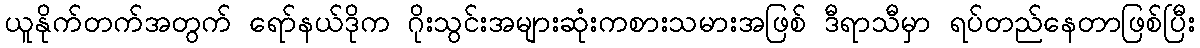
ယူနိုက်တက်အတွက် ရော်နယ်ဒိုက ဂိုးသွင်းအများဆုံးကစားသမားအဖြစ် ဒီရာသီမှာ ရပ်တည်နေတာဖြစ်ပြီး